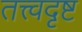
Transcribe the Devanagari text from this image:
तत्त्वदृष्ट